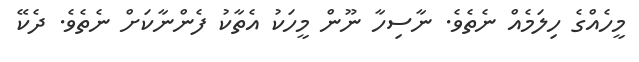
މީހެއްގެ ހިލަމެއް ނެތެވެ. ނާސިހާ ނޫން މީހަކު އެތާކު ފެންނާކަށް ނެތެވެ. ދެކޭ